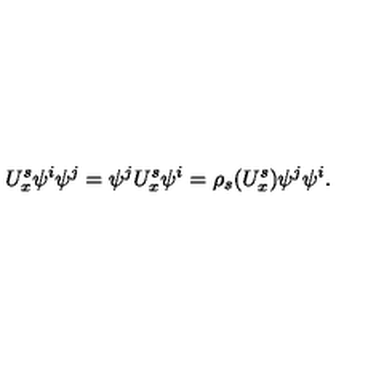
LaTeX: U _ { x } ^ { s } \psi ^ { i } \psi ^ { j } = \psi ^ { j } U _ { x } ^ { s } \psi ^ { i } = \rho _ { s } ( U _ { x } ^ { s } ) \psi ^ { j } \psi ^ { i } .